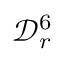
\mathcal { D } _ { r } ^ { 6 }